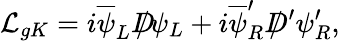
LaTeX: {\cal L}_{gK}=i\overline{{{\psi}}}_{L}D\! \! \! \! /\psi_{L}+i\overline{{{\psi}}}_{R}^{\prime}D\! \! \! \! /\, ^{\prime}\psi_{R}^{\prime},